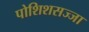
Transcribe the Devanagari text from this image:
पोशिशसज्जा